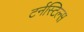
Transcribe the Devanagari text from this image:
टर्नस्टिल्स